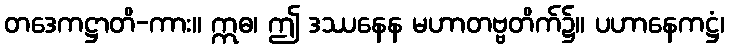
တဒေကဋ္ဌာတိ-ကား။ ဣဓ၊ ဤ ဒဿနေန မဟာတဗ္ဗတိက်၌။ ပဟာနေကဋ္ဌံ၊